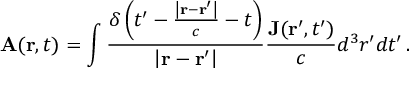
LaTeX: \mathbf { A } ( \mathbf { r } , t ) = \int { \frac { \delta \left( t ^ { \prime } - { \frac { \left| \mathbf { r } - \mathbf { r } ^ { \prime } \right| } { c } } - t \right) } { \left| \mathbf { r } - \mathbf { r } ^ { \prime } \right| } } { \frac { \mathbf { J } ( \mathbf { r } ^ { \prime } , t ^ { \prime } ) } { c } } d ^ { 3 } r ^ { \prime } d t ^ { \prime } \, .